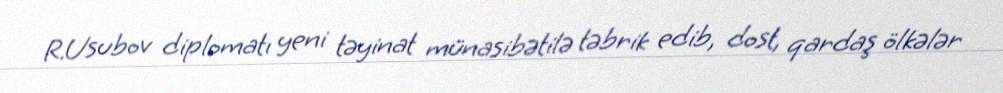
R.Usubov diplomatı yeni təyinat münasibətilə təbrik edib, dost, qardaş ölkələr